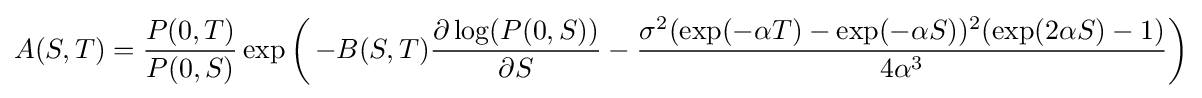
A(S,T)={\frac {P(0,T)}{P(0,S)}}\exp \left(\,-B(S,T){\frac {\partial \log(P(0,S))}{\partial S}}-{\frac {\sigma ^{2}(\exp(-\alpha T)-\exp(-\alpha S))^{2}(\exp(2\alpha S)-1)}{4\alpha ^{3}}}\right)